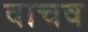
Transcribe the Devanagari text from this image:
वाचव